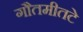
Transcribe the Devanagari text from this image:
गौतमीतटे